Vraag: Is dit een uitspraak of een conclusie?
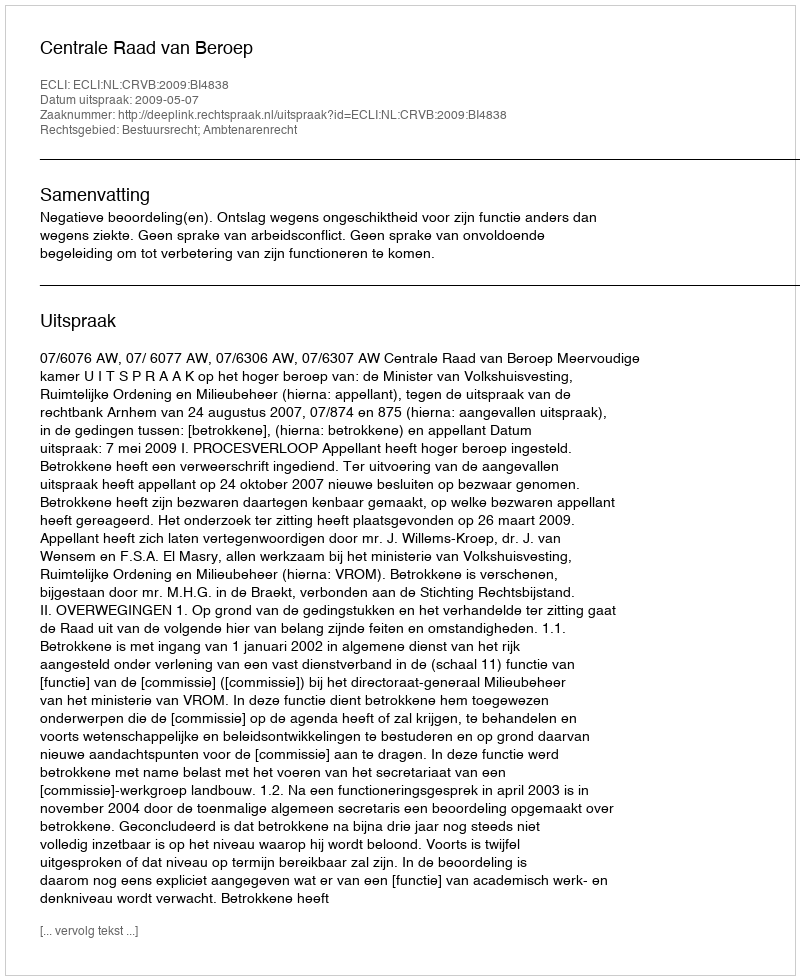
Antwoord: Uitspraak